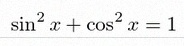
\sin^2x+\cos^2x=1